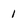
Character: 1